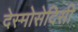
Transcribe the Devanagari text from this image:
देस्मोसेदिसी